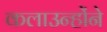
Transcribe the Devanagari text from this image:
कलाउन्होंने